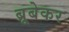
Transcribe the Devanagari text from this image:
ब्रूबेकर